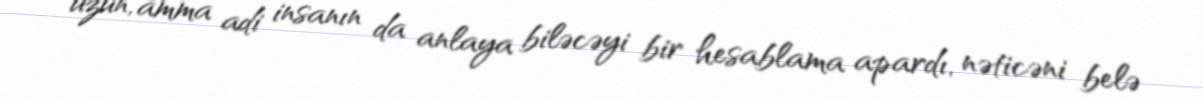
uzun, amma adi insanın da anlaya biləcəyi bir hesablama apardı, nəticəni belə